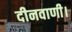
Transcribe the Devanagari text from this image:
दीनवाणी।